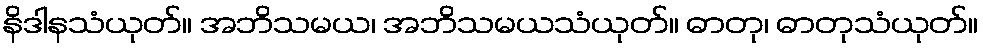
နိဒါနသံယုတ်။ အဘိသမယ၊ အဘိသမယသံယုတ်။ ဓာတု၊ ဓာတုသံယုတ်။